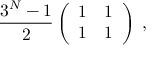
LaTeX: \frac { 3 ^ { N } - 1 } { 2 } \left( \begin{array} { c c } { { 1 } } & { { 1 } } \\ { { 1 } } & { { 1 } } \end{array} \right) \; ,